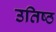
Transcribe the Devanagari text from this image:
उतिष्ठ